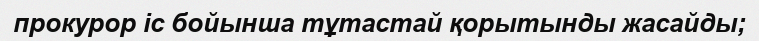
прокурор іс бойынша тұтастай қорытынды жасайды;